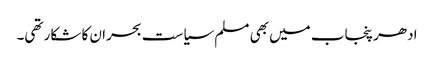
ادھر پنجاب میں بھی مسلم سیاست بحران کا شکار تھی۔